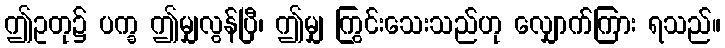
ဤဥတု၌ ပက္ခ ဤမျှလွန်ပြီ၊ ဤမျှ ကြွင်းသေးသည်ဟု လျှောက်ကြား ရသည်။